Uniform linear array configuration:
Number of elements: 16
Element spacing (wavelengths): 0.5
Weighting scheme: cosine
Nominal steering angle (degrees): -15
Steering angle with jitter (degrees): -13.777
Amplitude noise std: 0.05
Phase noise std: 0.05

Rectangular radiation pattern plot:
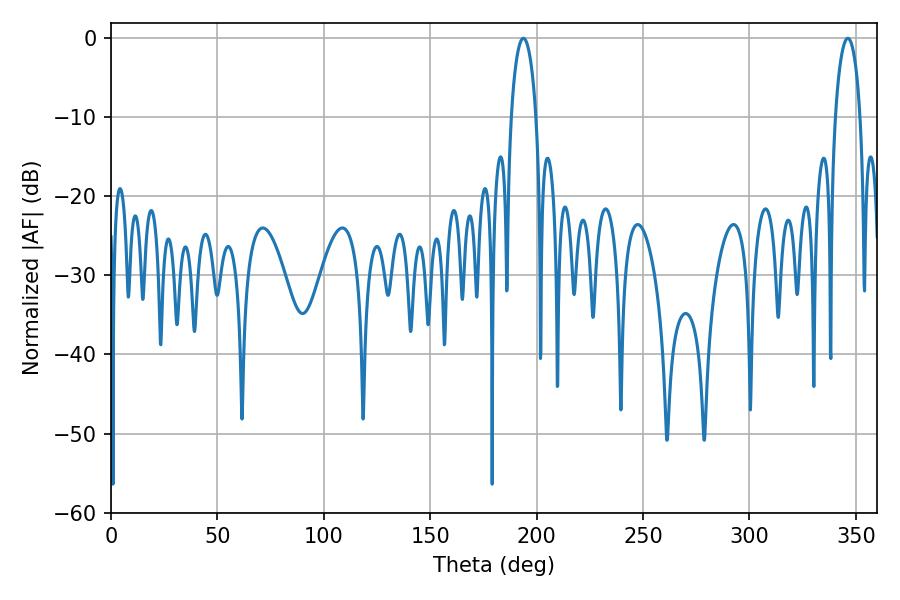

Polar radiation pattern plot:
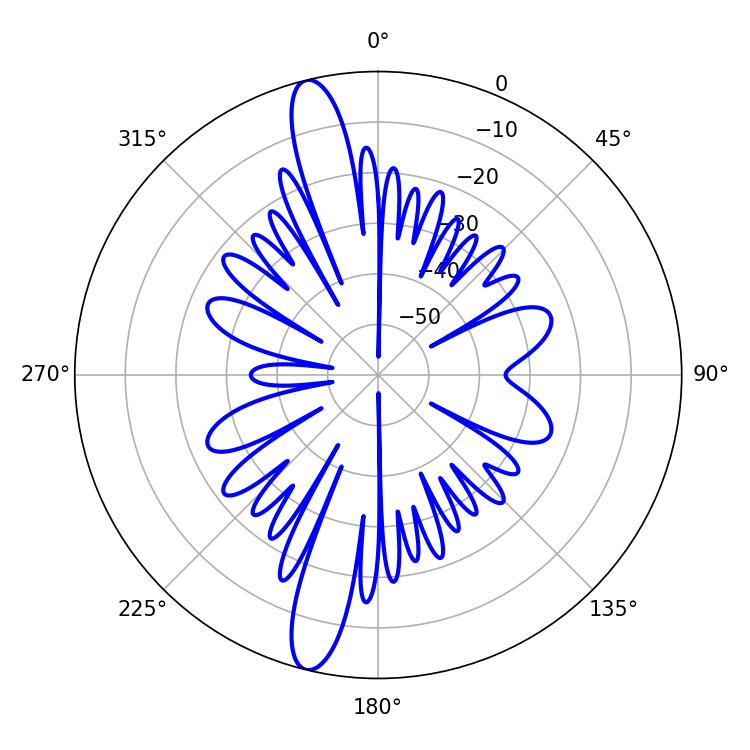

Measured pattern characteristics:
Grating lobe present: FALSE
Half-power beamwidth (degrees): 6.66
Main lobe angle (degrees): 193.86